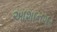
આશાનગર